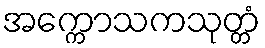
အက္ကောသကသုတ္တံ